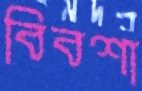
বিবশা